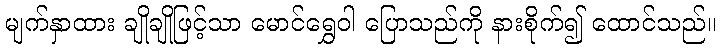
မျက်နှာထား ချိုချိုဖြင့်သာ မောင်ရွှေဝါ ပြောသည်ကို နားစိုက်၍ ထောင်သည်။